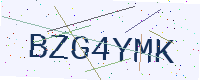
Text: BZG4YMK